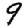
Digit: 9